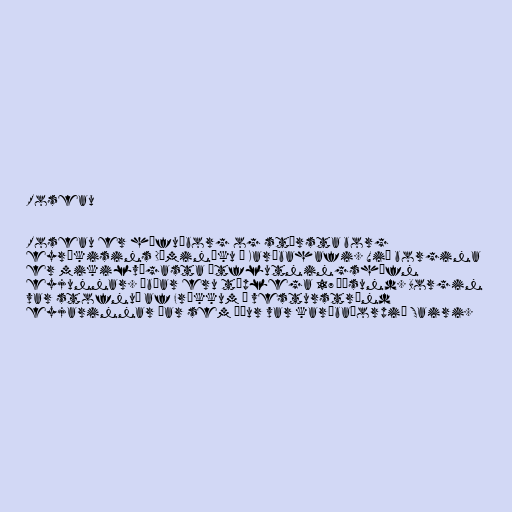
Roseau

Roseau er höfuðborg og stærsta borg
eyríkisins Dóminíku í Karíbahafi. Við borgina
er mikilvægasta útflutningshöfn
eyjunnar. Íbúar eru tæplega 17 þúsund. Borgin
var stofnuð af Frökkum á vesturströnd
eyjarinnar þar sem áður var karíbaþorpið Sairi.